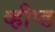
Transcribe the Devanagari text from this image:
व्हीप्ड